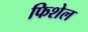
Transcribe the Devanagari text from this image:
फिशेल